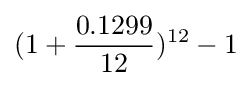
(1+{0.1299 \over 12})^{12}-1